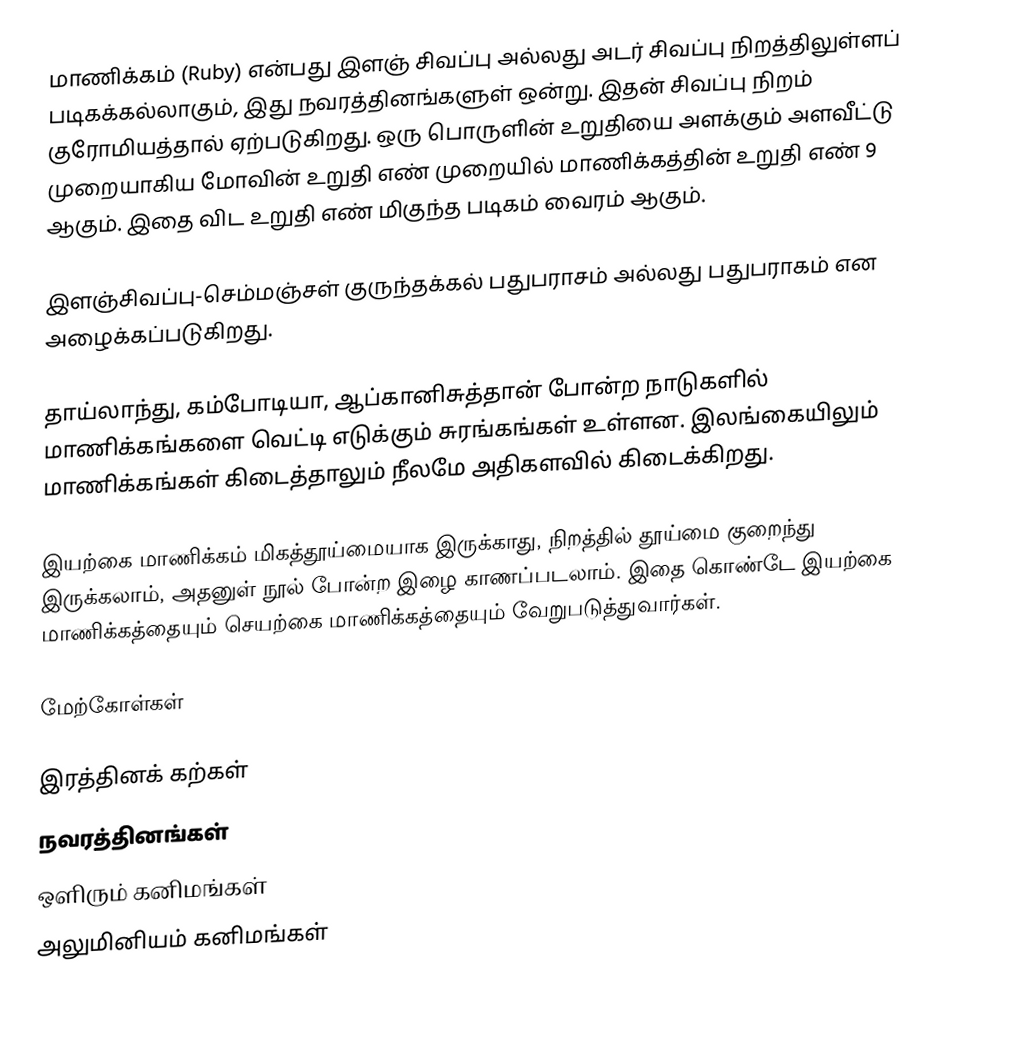
மாணிக்கம் (Ruby) என்பது இளஞ் சிவப்பு அல்லது அடர் சிவப்பு நிறத்திலுள்ளப் படிகக்கல்லாகும், இது நவரத்தினங்களுள் ஒன்று. இதன் சிவப்பு நிறம் குரோமியத்தால் ஏற்படுகிறது. ஒரு பொருளின் உறுதியை அளக்கும் அளவீட்டு முறையாகிய மோவின் உறுதி எண் முறையில் மாணிக்கத்தின் உறுதி எண் 9 ஆகும். இதை விட உறுதி எண் மிகுந்த படிகம் வைரம் ஆகும்.

இளஞ்சிவப்பு-செம்மஞ்சள் குருந்தக்கல் பதுபராசம் அல்லது பதுபராகம் என அழைக்கப்படுகிறது.

தாய்லாந்து, கம்போடியா, ஆப்கானிசுத்தான் போன்ற நாடுகளில் மாணிக்கங்களை வெட்டி எடுக்கும் சுரங்கங்கள் உள்ளன. இலங்கையிலும் மாணிக்கங்கள் கிடைத்தாலும் நீலமே அதிகளவில் கிடைக்கிறது.

இயற்கை மாணிக்கம் மிகத்தூய்மையாக இருக்காது, நிறத்தில் தூய்மை குறைந்து இருக்கலாம், அதனுள் நூல் போன்ற இழை காணப்படலாம். இதை கொண்டே இயற்கை மாணிக்கத்தையும் செயற்கை மாணிக்கத்தையும் வேறுபடுத்துவார்கள்.

மேற்கோள்கள்

இரத்தினக் கற்கள்
நவரத்தினங்கள்
ஒளிரும் கனிமங்கள்
அலுமினியம் கனிமங்கள்